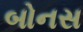
બોનસ